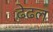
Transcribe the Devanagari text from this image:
ढेढल